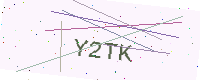
Text: Y2TK